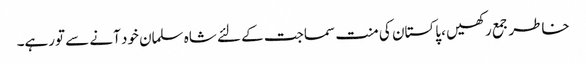
خاطر جمع رکھیں ، پاکستان کی منت سماجت کے لئے شاہ سلمان خود آنے سے تورہے۔